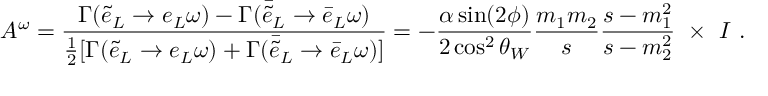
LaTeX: { \cal A } ^ { \omega } = { \frac { \Gamma ( \tilde { e } _ { L } \rightarrow e _ { L } \omega ) - \Gamma ( { \bar { \tilde { e } } } _ { L } \rightarrow \bar { e } _ { L } \omega ) } { { \frac { 1 } { 2 } } [ \Gamma ( \tilde { e } _ { L } \rightarrow e _ { L } \omega ) + \Gamma ( \bar { \tilde { e } } _ { L } \rightarrow \bar { e } _ { L } \omega ) ] } } = - { \frac { \alpha \sin ( 2 \phi ) } { 2 \cos ^ { 2 } \theta _ { W } } } { \frac { m _ { 1 } m _ { 2 } } { s } } { \frac { s - m _ { 1 } ^ { 2 } } { s - m _ { 2 } ^ { 2 } } } \ \times \ { \cal I } \ .